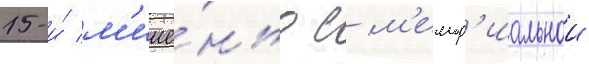
15-и́ м'ише́нью с м'емор'иальнои